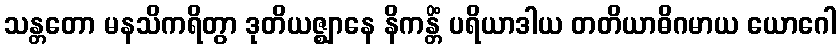
သန္တတော မနသိကရိတွာ ဒုတိယဇ္ဈာနေ နိကန္တိံ ပရိယာဒါယ တတိယာဓိဂမာယ ယောဂေါ